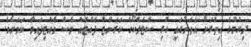
ދިޔުމުގެ އިތުރަށް އެތަނުގައި ހުރި ސްޓެލްކޯގެ ކަރަންޓް ފޮއްޓެއް ވެސް ވެއްޓިފައިވާ ކަމަށެވެ.